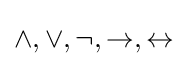
\land ,\lor ,\neg ,\rightarrow ,\leftrightarrow